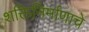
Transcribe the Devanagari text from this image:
शक्तिनिर्माणाचे